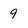
Character: 9